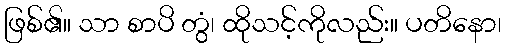
ဖြစ်၏။ သာ စာပိ တွံ၊ ထိုသင့်ကိုလည်း။ ပတိနော၊